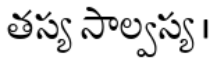
తస్య సాల్వస్య ।